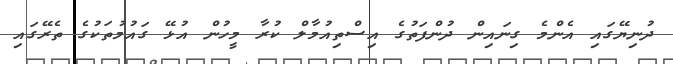
ދުނިޔޭގައި އެންމެ ގިނައިން ދުންފަތުގެ އިސްތިއުމާލް ކުރާ މީހުން އުޅޭ ގައުމުތަކުގެ ތެރޭގައި